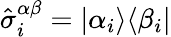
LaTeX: \hat{\sigma}_{i}^{\alpha\beta}=|\alpha_{i}\rangle\langle\beta_{i}|